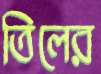
তিলের